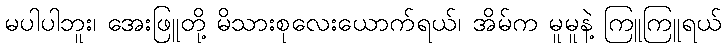
မပါပါဘူး၊ အေးဖြူတို့ မိသားစုလေးယောက်ရယ်၊ အိမ်က မူမူနဲ့ ကြူကြူရယ်